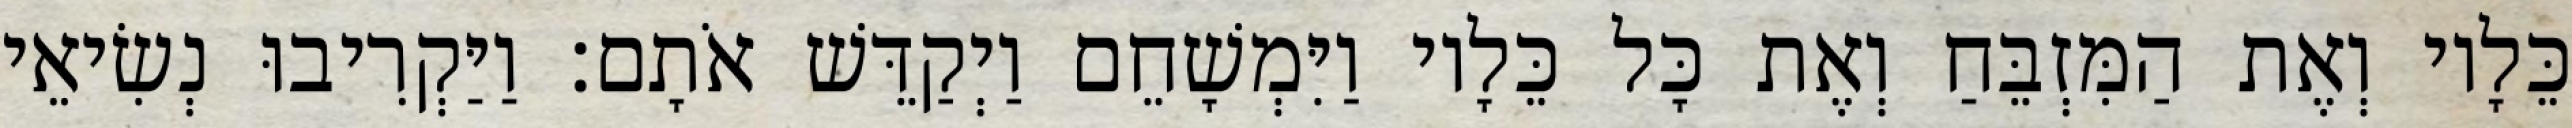
כֵּלָיו וְאֶת הַמִּזְבֵּחַ וְאֶת כָּל כֵּלָיו וַיִּמְשָׁחֵם וַיְקַדֵּשׁ אֹתָם׃ וַיַּקְרִיבוּ נְשִׂיאֵי